Report on vaccination in Madras 1904-1921 - 1904-1921
Year: 1904
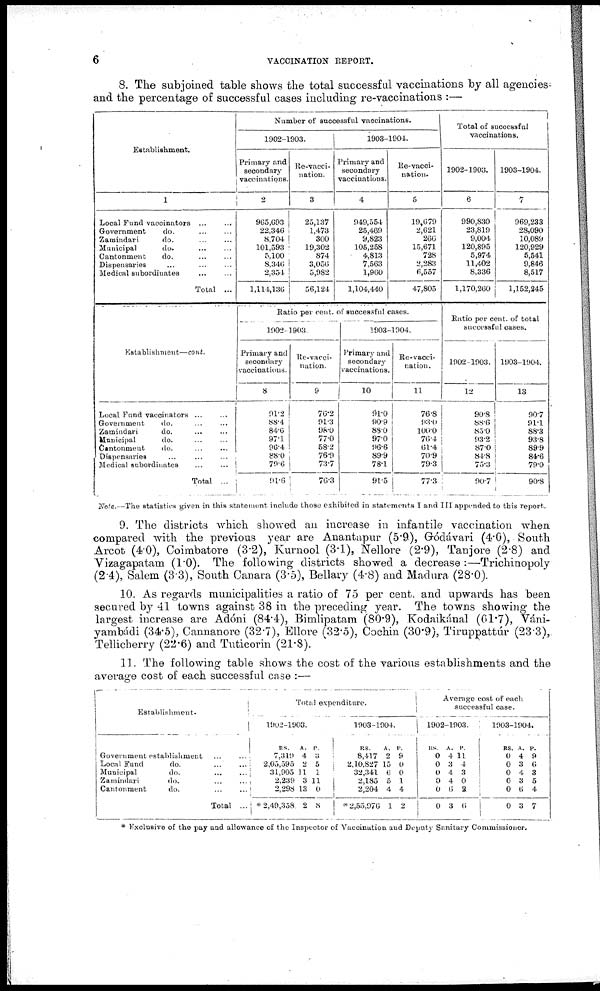
6
VACCINATION REPORT.
8. The subjoined table shows the total successful vaccinations by all agencies
and the percentage of successful cases including re-vaccinations :—
Establishment.
1
Local Fund vaccinators ... ...
Government
do.
...
...
Zamindari
do. ... ...
Municipal
do. ... ...
Cantonment
do. ... ...
Dispensaries ... ... ...
Medical subordinates ... ...
Total ...
Establishment—cont.
Local Fund vaccinators
...
...
Government
do. ... ...
Zamindari
do.
... ...
Municipal
do. ... ...
Cantonment
do. ... ...
Dispensaries ... ... ...
Medical subordinates ... ...
Total ...
Number of successful vaccinations.
1902-1903.
Primary and
secondary
vaccinations.
2
965,693
22,346
8,704
101,593
5,100
8,340
2,354
1,114,136
Re-vacci-
nation.
3
25,137
1,473
300
19,302
874
3,056
5,982
56,124
1903-1904.
Primary and
secondary
vaccinations.
4
949,554
25,469
9,823
105,258
4,813
7,563
1,960
1,104,440
Re-vacci-
nation.
5
19,679
2,621
260
15,671
728
2,283
6,557
47,805
Ratio per cent. of successful cases.
1902-1903.
Primary and
secondary
vaccinations.
8
91.2
88.4
84.6
97.1
96.4
88.0
79.6
91.6
Re-vacci¬
nation.
9
76.2
91.3
98.0
77.0
58.2
76.9
73.7
76.3
1903-1904.
Primary and
secondary
vaccinations.
10
91.0
90.9
88.0
97.0
96.6
89.9
78.1
91.5
Re-vacci-
nation.
11
76.8
93.0
100.0
76.4
61.4
70.9
79.3
77.3
Total of successful
vaccinations.
1902-1903.
6
990,830
23,819
9,004
120,895
5,974
11,402
8,336
1,170,260
1903-1904.
7
969,233
28,090
10,089
120,929
5,541
9,846
8,517
1,152,245
Ratio per cent. of total
successful cases.
1902-1903.
12
90.8
88.6
85.0
93.2
87.0
84.8
75.3
90.7
1903-1904.
13
90.7
91.1
88.3
93.8
89.9
84.6
79.0
90.8
Note.—The statistics given in this statement include those exhibited in statements I and III appended to this report.
9. The districts which showed an increase in infantile vaccination when
compared with the previous year are Anantapur (5.9), Gódávari (4.0), South
Arcot (4.0), Coimbatore (3.2), Kurnool (3.1), Nellore (2.9), Tanjore (2.8) and
Vizagapatam (1.0). The following districts showed a decrease :—Trichinopoly
(2.4), Salem (3.3), South Canara (3.5), Bellary (4.8) and Madura (28.0).
10. As regards municipalities a ratio of 75 per cent. and upwards has been
secured by 41 towns against 38 in the preceding year. The towns showing the
largest increase are Adóni (84.4), Bimlipatam (80.9), Kodaikánal (61.7), Váni¬
yambádi (34.5), Cannanore (32.7), Ellore (32.5), Cochin (30.9), Tiruppattúr (23.3),
Tellicherry (22.6) and Tuticorin (21.8).
11. The following table shows the cost of the various establishments and the
average cost of each successful case :—
Establishment.
Government establishment
...
...
Local Fund
do. ... ...
Municipal
do. ... ...
Zamindari
do. ... ...
Cantonment
do. ... ...
Total ...
Total expenditure.
1902-1903.
RS.
7,319
2,05,595
31,905
2,239
2,298
* 2,49,358
A.
4
2
11
3
13
2
P.
3
5
1
11
0
8
1903-1904.
RS.
8,417
2,10,827
32,341
2,185
2,204
* 2,55,976
A.
2
15
6
5
4
1
P.
9
0
0
1
4
2
Average cost of each
successful case.
1902-1903.
RS.
0
0
0
0
0
0
A.
4
3
4
4
6
3
P.
11
4
3
0
2
6
1903-1904.
RS.
0
0
0
0
0
0
A.
4
3
4
3
6
3
P.
9
6
3
5
4
7
* Exclusive of the pay and allowance of the Inspector of Vaccination and Deputy Sanitary Commissioner.